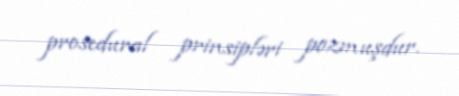
prosedural prinsipləri pozmuşdur.